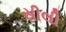
સીલી